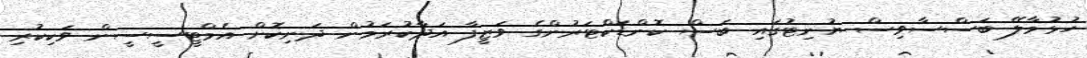
ހުޅުމާލޭ ބަސްސާވިސް ޔުނިޓުގައި ބަސް ކޮންޑަކްޓަރުންގެ ވަޒީފާ އަދާކުރަމުން ދަނިކޮށް އެމްޓީސީސީން ވަކިކުރި